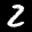
Label: 2